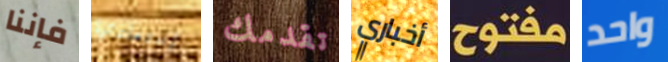
فإننا إستعادتها تقدمك أخباري مفتوح واحد